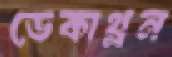
ডেকাথ্লন